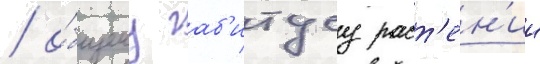
/ о́бщему габ'итусу раст'ен'ии